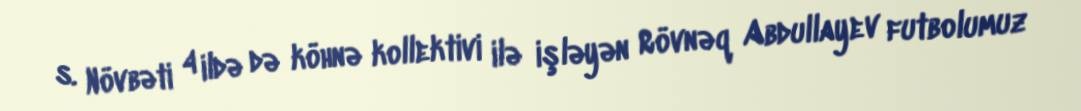
s. Növbəti 4 ildə də köhnə kollektivi ilə işləyən Rövnəq Abdullayev futbolumuz